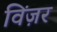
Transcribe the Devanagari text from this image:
विंज़र